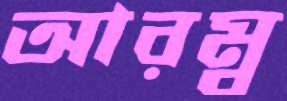
আরম্ব